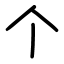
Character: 个